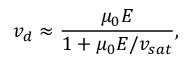
v _ { d } \approx \frac { \mu _ { 0 } E } { 1 + \mu _ { 0 } E / v _ { s a t } } ,